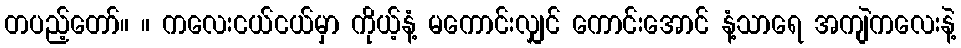
တပည့်တော်။ ။ ကလေးငယ်ငယ်မှာ ကိုယ့်နံ့ မကောင်းလျှင် ကောင်းအောင် နံ့သာရေ အကျဲကလေးနဲ့